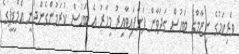
ވެރިކަމުގެ ނިޒާމްގެ ބަހުސް ގަދަވާން ފަށާފައިވާއިރު މިހާރު އެ ބަހުސް ކުރަމުންގެންދަނީ އެމްޑީޕީގެ